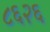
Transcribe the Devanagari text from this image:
८६२६